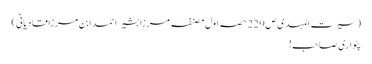
(سیرت المہدی ص 229 حصہ اول مصنفہ مرزا بشیر احمد ابن مرزا قادیانی)
پٹواری صاحب!